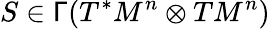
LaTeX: S\in\mathsf{\Gamma}(T^{*}M^{n}\otimes TM^{n})